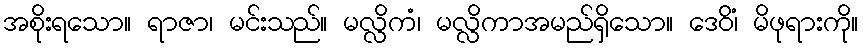
အစိုးရသော။ ရာဇာ၊ မင်းသည်။ မလ္လိကံ၊ မလ္လိကာအမည်ရှိသော။ ဒေဝိံ၊ မိဖုရားကို။